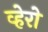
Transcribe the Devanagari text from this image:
व्हेरो